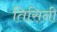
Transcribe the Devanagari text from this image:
तिसिनी